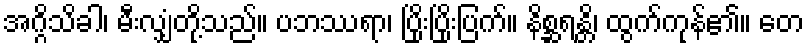
အဂ္ဂိသိခါ၊ မီးလျှံတို့သည်။ ပဘဿရာ၊ ပြိုးပြိုးပြက်။ နိစ္ဆရန္တိ၊ ထွက်ကုန်၏။ တေ